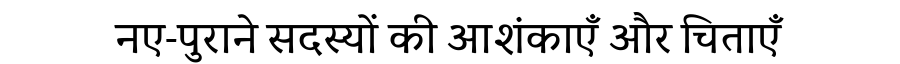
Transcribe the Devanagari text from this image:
नए-पुराने सदस्यों की आशंकाएँ और चिताएँ